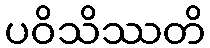
ပဝိသိဿတိ